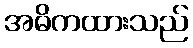
အဓိကထားသည်